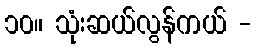
၁၀။ သုံးဆယ်လွန်ကယ် -